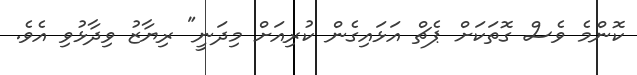
ކޮންމެ ވެސް ގޮތަކަށް ޕެޗް އަޅައިގެން ކުރިއަށް މިދަނީ" ރިޔާޒު ވިދާޅުވި އެވެ.